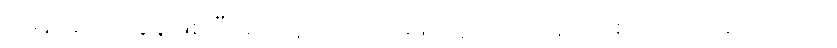
ပုံမှန်အလုပ်ချိန်ဖြစ်ပြီး စက်ရုံသက်တမ်းမှာ ၃ လသာရှိသေးတယ်လို့ ဆိုပါတယ်။